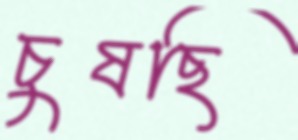
চুষছি